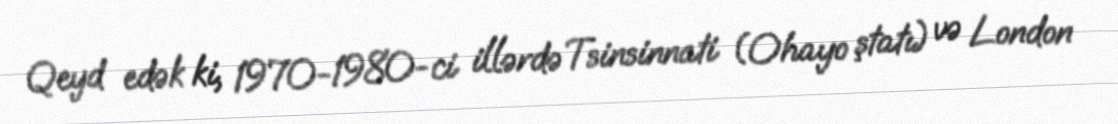
Qeyd edək ki, 1970-1980-ci illərdə Tsinsinnati (Ohayo ştatı) və London